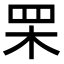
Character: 䍒